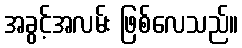
အခွင့်အလမ်း ဖြစ်လေသည်။